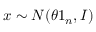
x \sim N ( \theta 1 _ { n } , I ) \,